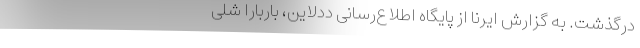
درگذشت. به گزارش ایرنا از پایگاه اطلاع‌رسانی ددلاین، باربارا شلی